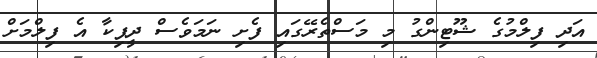
އަދި ފިލްމުގެ ޝޫޓިންގު މި މަސްތެރޭގައި ފެށި ނަމަވެސް ދީޕިކާ އެ ފިލްމަށް